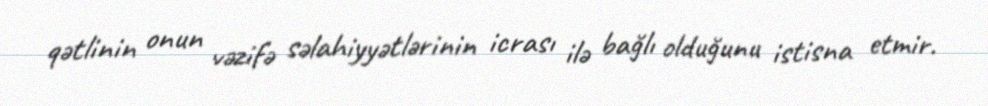
qətlinin onun vəzifə səlahiyyətlərinin icrası ilə bağlı olduğunu istisna etmir.